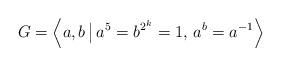
LaTeX: \begin{align*}G = \left\langle a, b\, \big\vert\, a^5 = b^{2^k} = 1,\, a^b = a^{-1}\right\rangle \end{align*}